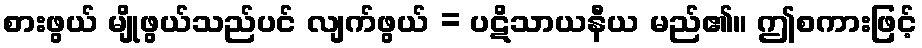
စားဖွယ် မျိုဖွယ်သည်ပင် လျက်ဖွယ် = ပဋိသာယနီယ မည်၏။ ဤစကားဖြင့်